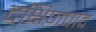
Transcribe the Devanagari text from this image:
दक्षिणपाद